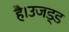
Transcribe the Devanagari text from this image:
है।उजड्ड